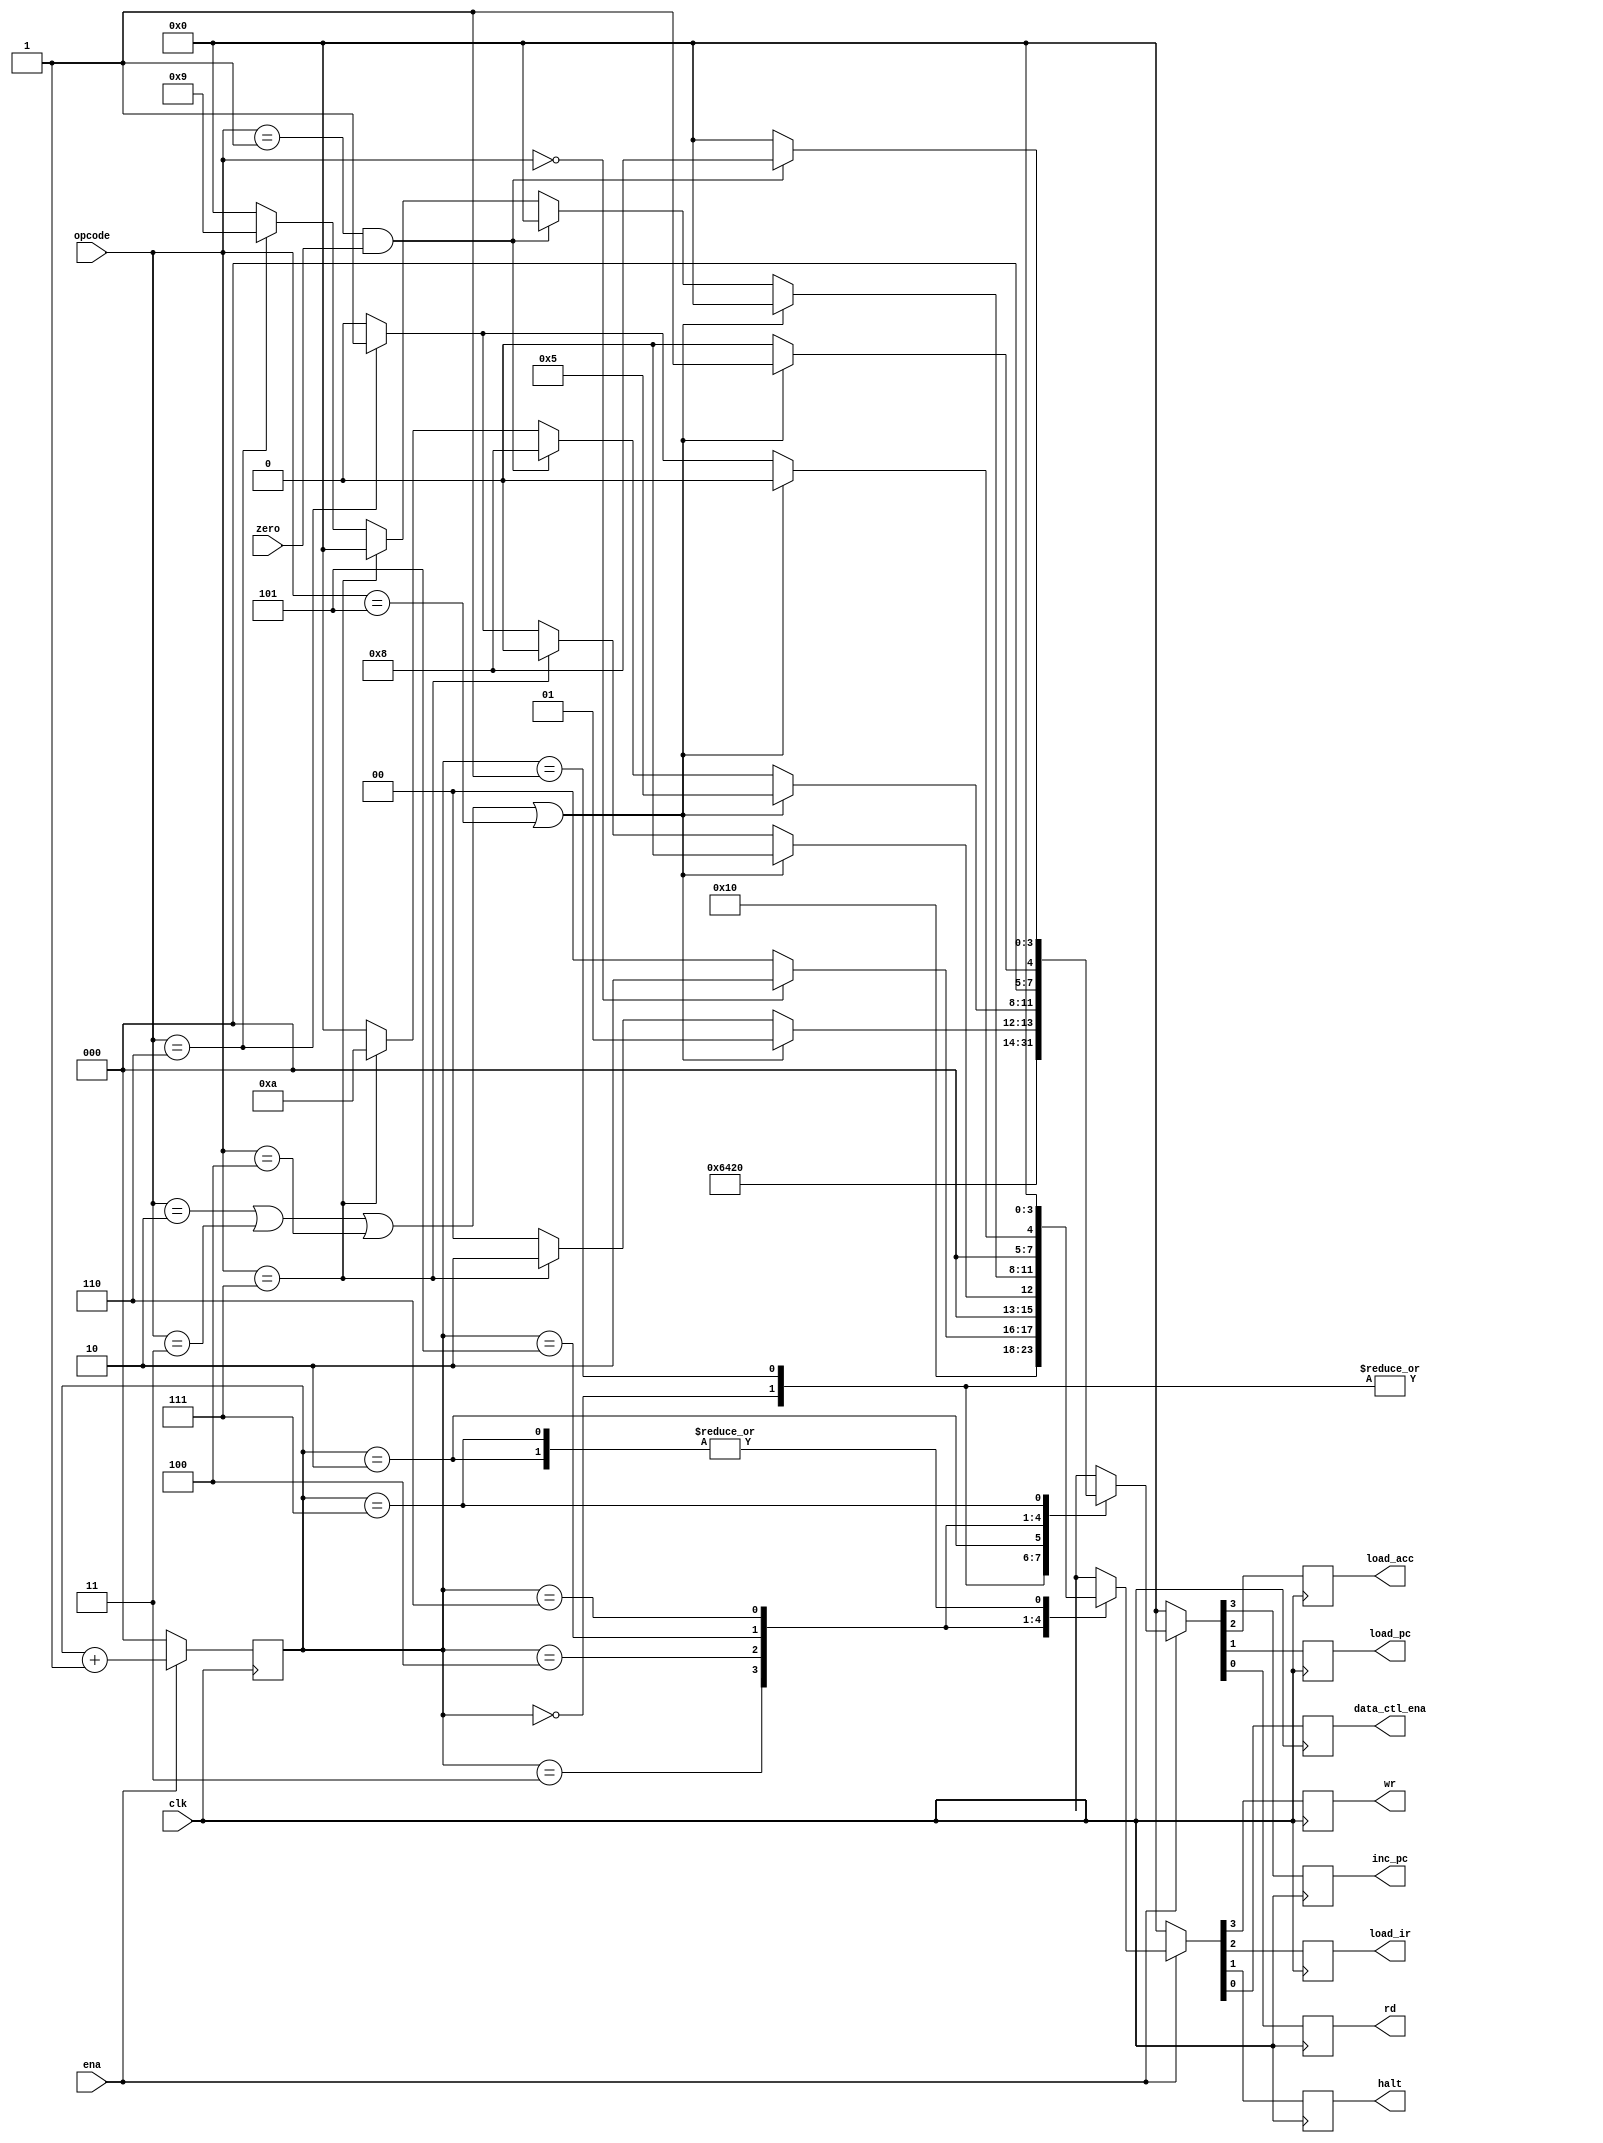
module fsm (
    input       clk,
    input       ena,
    input       zero,
    input [2:0] opcode,
    output reg  inc_pc,
                load_acc,
                load_pc,
                rd,
                wr,
                load_ir,
                halt,
                data_ctl_ena
);
//------------Param Define---------------//
parameter HLT  = 3'b000,    //halt
          SKZ  = 3'b001,    //skip if zero
          ADD  = 3'b010,    //addition
          ANDD = 3'b011,    //logic and
          XORR = 3'b100,    //logic xor
          LDA  = 3'b101,    //load accumulator
          STO  = 3'b110,    //store accumulator
          JMP  = 3'b111;    //jump
//------------Reg/Wire Define------------//
reg [2:0] state;

//------------Main Code------------------//
always @(posedge clk) begin
    if (!ena) begin
        state <= 3'b000;
        {inc_pc,load_acc,load_pc,rd} <= 4'b0000;
        {wr,load_ir,halt,data_ctl_ena} <= 4'b0000;
    end
    else begin
        ctl_cycle;
        state <= state + 1'b1;
    end
end

//task: ctl_cycle
task ctl_cycle;
begin
    casex (state)
        3'b000 : begin   // load high 8 bits of instruction
            {inc_pc,load_acc,load_pc,rd}   <= 4'b0001;
            {wr,load_ir,halt,data_ctl_ena} <= 4'b0100;
        end 
        3'b001 : begin   // inc_pc =1  load low 8bits of instruction
            {inc_pc,load_acc,load_pc,rd}   <= 4'b1001;
            {wr,load_ir,halt,data_ctl_ena} <= 4'b0100;
        end 
        3'b010 : begin   // idle do nothing
            {inc_pc,load_acc,load_pc,rd}   <= 4'b0000;
            {wr,load_ir,halt,data_ctl_ena} <= 4'b0000;
        end 
        3'b011 : begin   // decode the instruction
            if (opcode == HLT) begin
                {inc_pc,load_acc,load_pc,rd}   <= 4'b1000;
                {wr,load_ir,halt,data_ctl_ena} <= 4'b0010;
            end
            else begin
                {inc_pc,load_acc,load_pc,rd}   <= 4'b1000;
                {wr,load_ir,halt,data_ctl_ena} <= 4'b0000;
            end
        end
        3'b100 : begin    //decode the instruction
            if (opcode == ADD || opcode == ANDD 
                || opcode == XORR || opcode == LDA) begin
                {inc_pc,load_acc,load_pc,rd}   <= 4'b0001;
                {wr,load_ir,halt,data_ctl_ena} <= 4'b0000;
            end
            else if (opcode == JMP) begin
                {inc_pc,load_acc,load_pc,rd}   <= 4'b0010;
                {wr,load_ir,halt,data_ctl_ena} <= 4'b0000;
            end
            else if (opcode == STO) begin
                {inc_pc,load_acc,load_pc,rd}   <= 4'b0000;
                {wr,load_ir,halt,data_ctl_ena} <= 4'b0001;
            end
            else begin
                {inc_pc,load_acc,load_pc,rd}   <= 4'b0000;
                {wr,load_ir,halt,data_ctl_ena} <= 4'b0000;
            end
        end 
        3'b101 : begin     //operate
            if (opcode == ADD || opcode == ANDD 
                || opcode == XORR || opcode == LDA) begin
                {inc_pc,load_acc,load_pc,rd}   <= 4'b0101;
                {wr,load_ir,halt,data_ctl_ena} <= 4'b0000;
            end
            else if (opcode == SKZ && zero == 1) begin
                {inc_pc,load_acc,load_pc,rd}   <= 4'b1000;
                {wr,load_ir,halt,data_ctl_ena} <= 4'b0000;
            end
            else if (opcode == JMP) begin
                {inc_pc,load_acc,load_pc,rd}   <= 4'b1010;
                {wr,load_ir,halt,data_ctl_ena} <= 4'b0000;
            end
            else if (opcode == STO) begin
                {inc_pc,load_acc,load_pc,rd}   <= 4'b0000;
                {wr,load_ir,halt,data_ctl_ena} <= 4'b1001;
            end
            else begin
                {inc_pc,load_acc,load_pc,rd}   <= 4'b0000;
                {wr,load_ir,halt,data_ctl_ena} <= 4'b0000;
            end
        end
        3'b110 : begin
            if (opcode == ADD || opcode == ANDD 
                || opcode == XORR || opcode == LDA) begin
                {inc_pc,load_acc,load_pc,rd}   <= 4'b0001;
                {wr,load_ir,halt,data_ctl_ena} <= 4'b0000;
            end
            else if (opcode == STO) begin
                {inc_pc,load_acc,load_pc,rd}   <= 4'b0000;
                {wr,load_ir,halt,data_ctl_ena} <= 4'b0001;
            end
            else begin
                {inc_pc,load_acc,load_pc,rd}   <= 4'b0000;
                {wr,load_ir,halt,data_ctl_ena} <= 4'b0000;
            end
        end
        3'b111 : begin
            if (opcode == SKZ && zero == 1) begin
                {inc_pc,load_acc,load_pc,rd}   <= 4'b1000;
                {wr,load_ir,halt,data_ctl_ena} <= 4'b0000;
            end
            else begin
                {inc_pc,load_acc,load_pc,rd}   <= 4'b0000;
                {wr,load_ir,halt,data_ctl_ena} <= 4'b0000;
            end
        end
        default : begin
            {inc_pc,load_acc,load_pc,rd}   <= 4'b0000;
            {wr,load_ir,halt,data_ctl_ena} <= 4'b0000;
        end
    endcase
end
endtask
endmodule